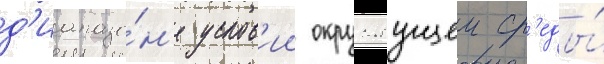
д'иапазо́н'е услов'ии окружаущеи ср'еды́